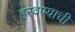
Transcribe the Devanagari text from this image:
हरवण्याची